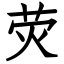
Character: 荧